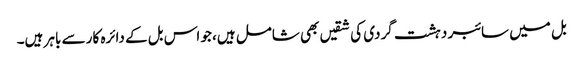
بل میں سائبر دہشت گردی کی شقیں بھی شامل ہیں، جو اس بل کے دائرہ کار سے باہر ہیں۔